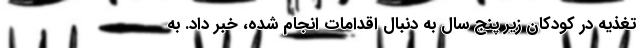
تغذیه در کودکان زیر پنج سال به دنبال اقدامات انجام شده، خبر داد. به